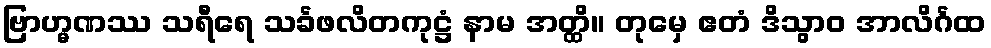
ဗြာဟ္မဏဿ သရီရေ သင်္ခဖလိတကုဋ္ဌံ နာမ အတ္ထိ။ တုမှေ ဧတံ ဒိသွာဝ အာလိင်္ဂထ